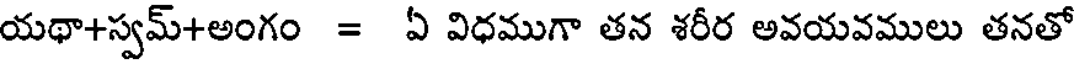
యథా+స్వమ్+అంగం = ఏ విధముగా తన శరీర అవయవములు తనతో